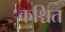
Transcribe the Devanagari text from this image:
कश्चित